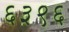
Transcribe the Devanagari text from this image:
६३९६